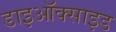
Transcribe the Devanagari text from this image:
डाइऑक्‍साइड